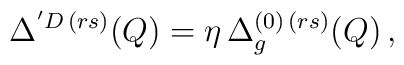
\Delta^{' D \, (r s)} (Q) = \eta \, \Delta^{(0) \, (r s)}_g (Q) \, ,